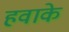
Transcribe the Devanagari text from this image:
हवाके